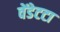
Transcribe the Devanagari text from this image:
वेंडेटटा